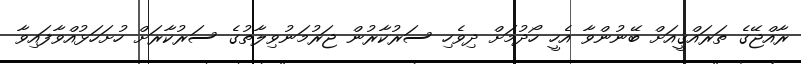
ރާއްޖޭގެ ތަރައްޤީއަށް ބޭނުންވާ އެހީ ހޯދުމަށް ދިވެހި ސަރުކާރުން ޖަރުމަނުވިލާތުގެ ސަރުކާރަށް ހުށަހަޅުއްވާފައިވާ